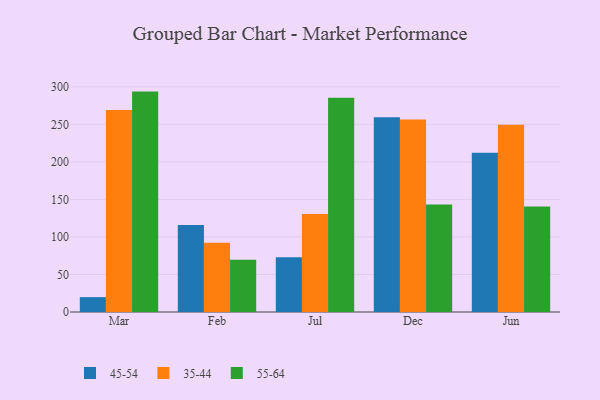
{"axis": {"x": "Month", "y": "Backlog"}, "legend": ["35-44", "45-54", "55-64"], "data": [{"x": "Mar", "y": 19.8, "type": "45-54"}, {"x": "Mar", "y": 269.1, "type": "35-44"}, {"x": "Mar", "y": 293.7, "type": "55-64"}, {"x": "Feb", "y": 116.1, "type": "45-54"}, {"x": "Feb", "y": 92.4, "type": "35-44"}, {"x": "Feb", "y": 69.6, "type": "55-64"}, {"x": "Jul", "y": 72.8, "type": "45-54"}, {"x": "Jul", "y": 130.7, "type": "35-44"}, {"x": "Jul", "y": 285.5, "type": "55-64"}, {"x": "Dec", "y": 259.4, "type": "45-54"}, {"x": "Dec", "y": 256.5, "type": "35-44"}, {"x": "Dec", "y": 143.4, "type": "55-64"}, {"x": "Jun", "y": 212.2, "type": "45-54"}, {"x": "Jun", "y": 249.5, "type": "35-44"}, {"x": "Jun", "y": 140.6, "type": "55-64"}]}